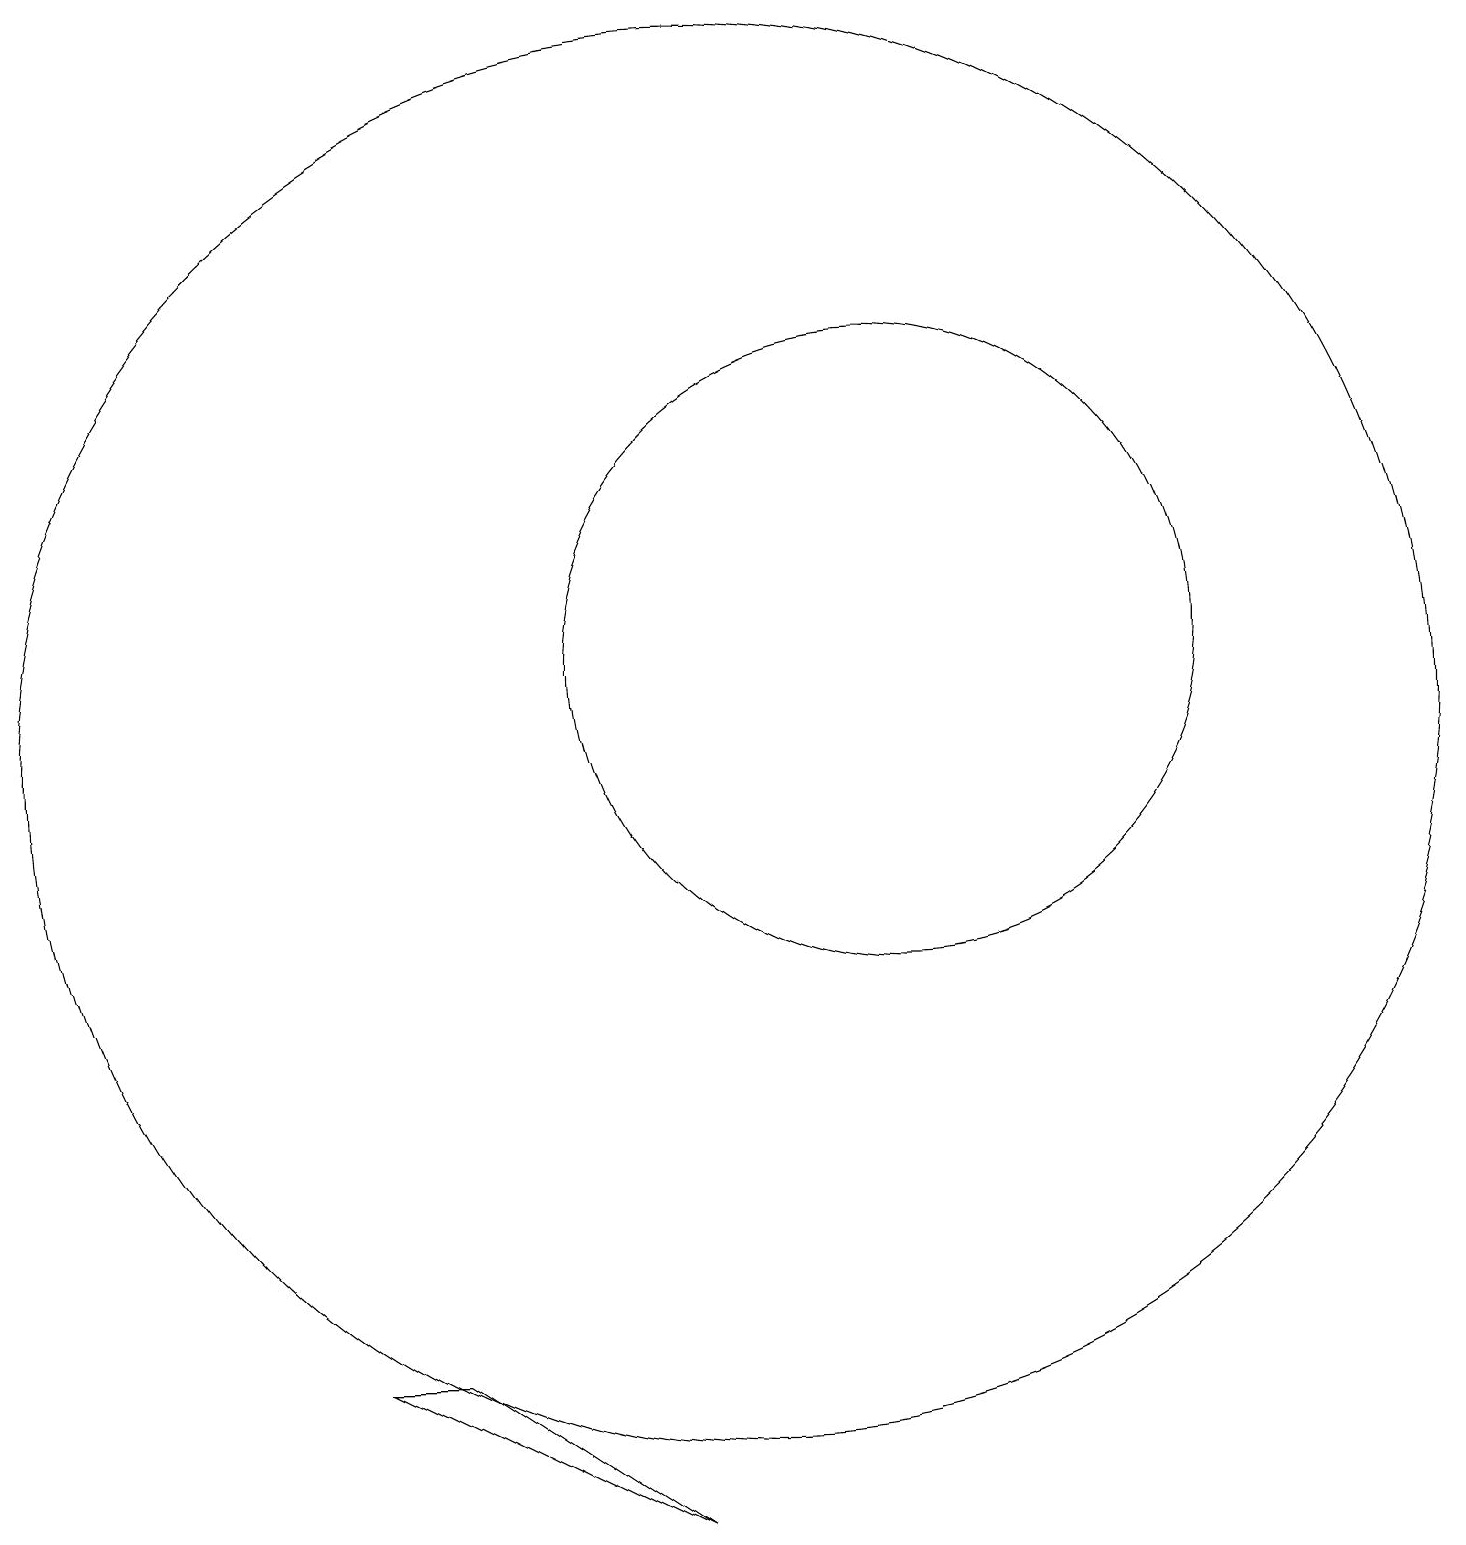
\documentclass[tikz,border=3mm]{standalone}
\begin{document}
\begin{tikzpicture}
\draw (12,11) circle (4);
\draw (6,2) -- (9,0) -- (5,2) -- cycle;
\draw (10,10) circle (9);
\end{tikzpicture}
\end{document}